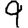
Digit: 9